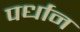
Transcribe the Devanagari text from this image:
पर्धान